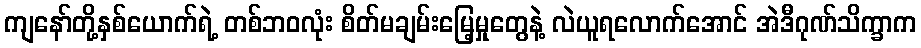
ကျနော်တို့နှစ်ယောက်ရဲ့ တစ်ဘဝလုံး စိတ်မချမ်းမြေ့မှုတွေနဲ့ လဲယူရလောက်အောင် အဲဒီဂုဏ်သိက္ခာက